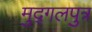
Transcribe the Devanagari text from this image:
मुद्गलपुत्र